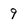
Character: 9